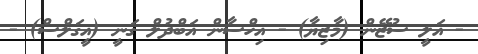
- އަލީ ސުޒޭން (މާޒިޔާ) - އިހްސާން އަބްދުލް ގަނީ (އީގަލްސް) -